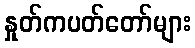
နှုတ်ကပတ်တော်များ